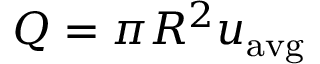
Q = \pi R ^ { 2 } { u } _ { \mathrm { a v g } }